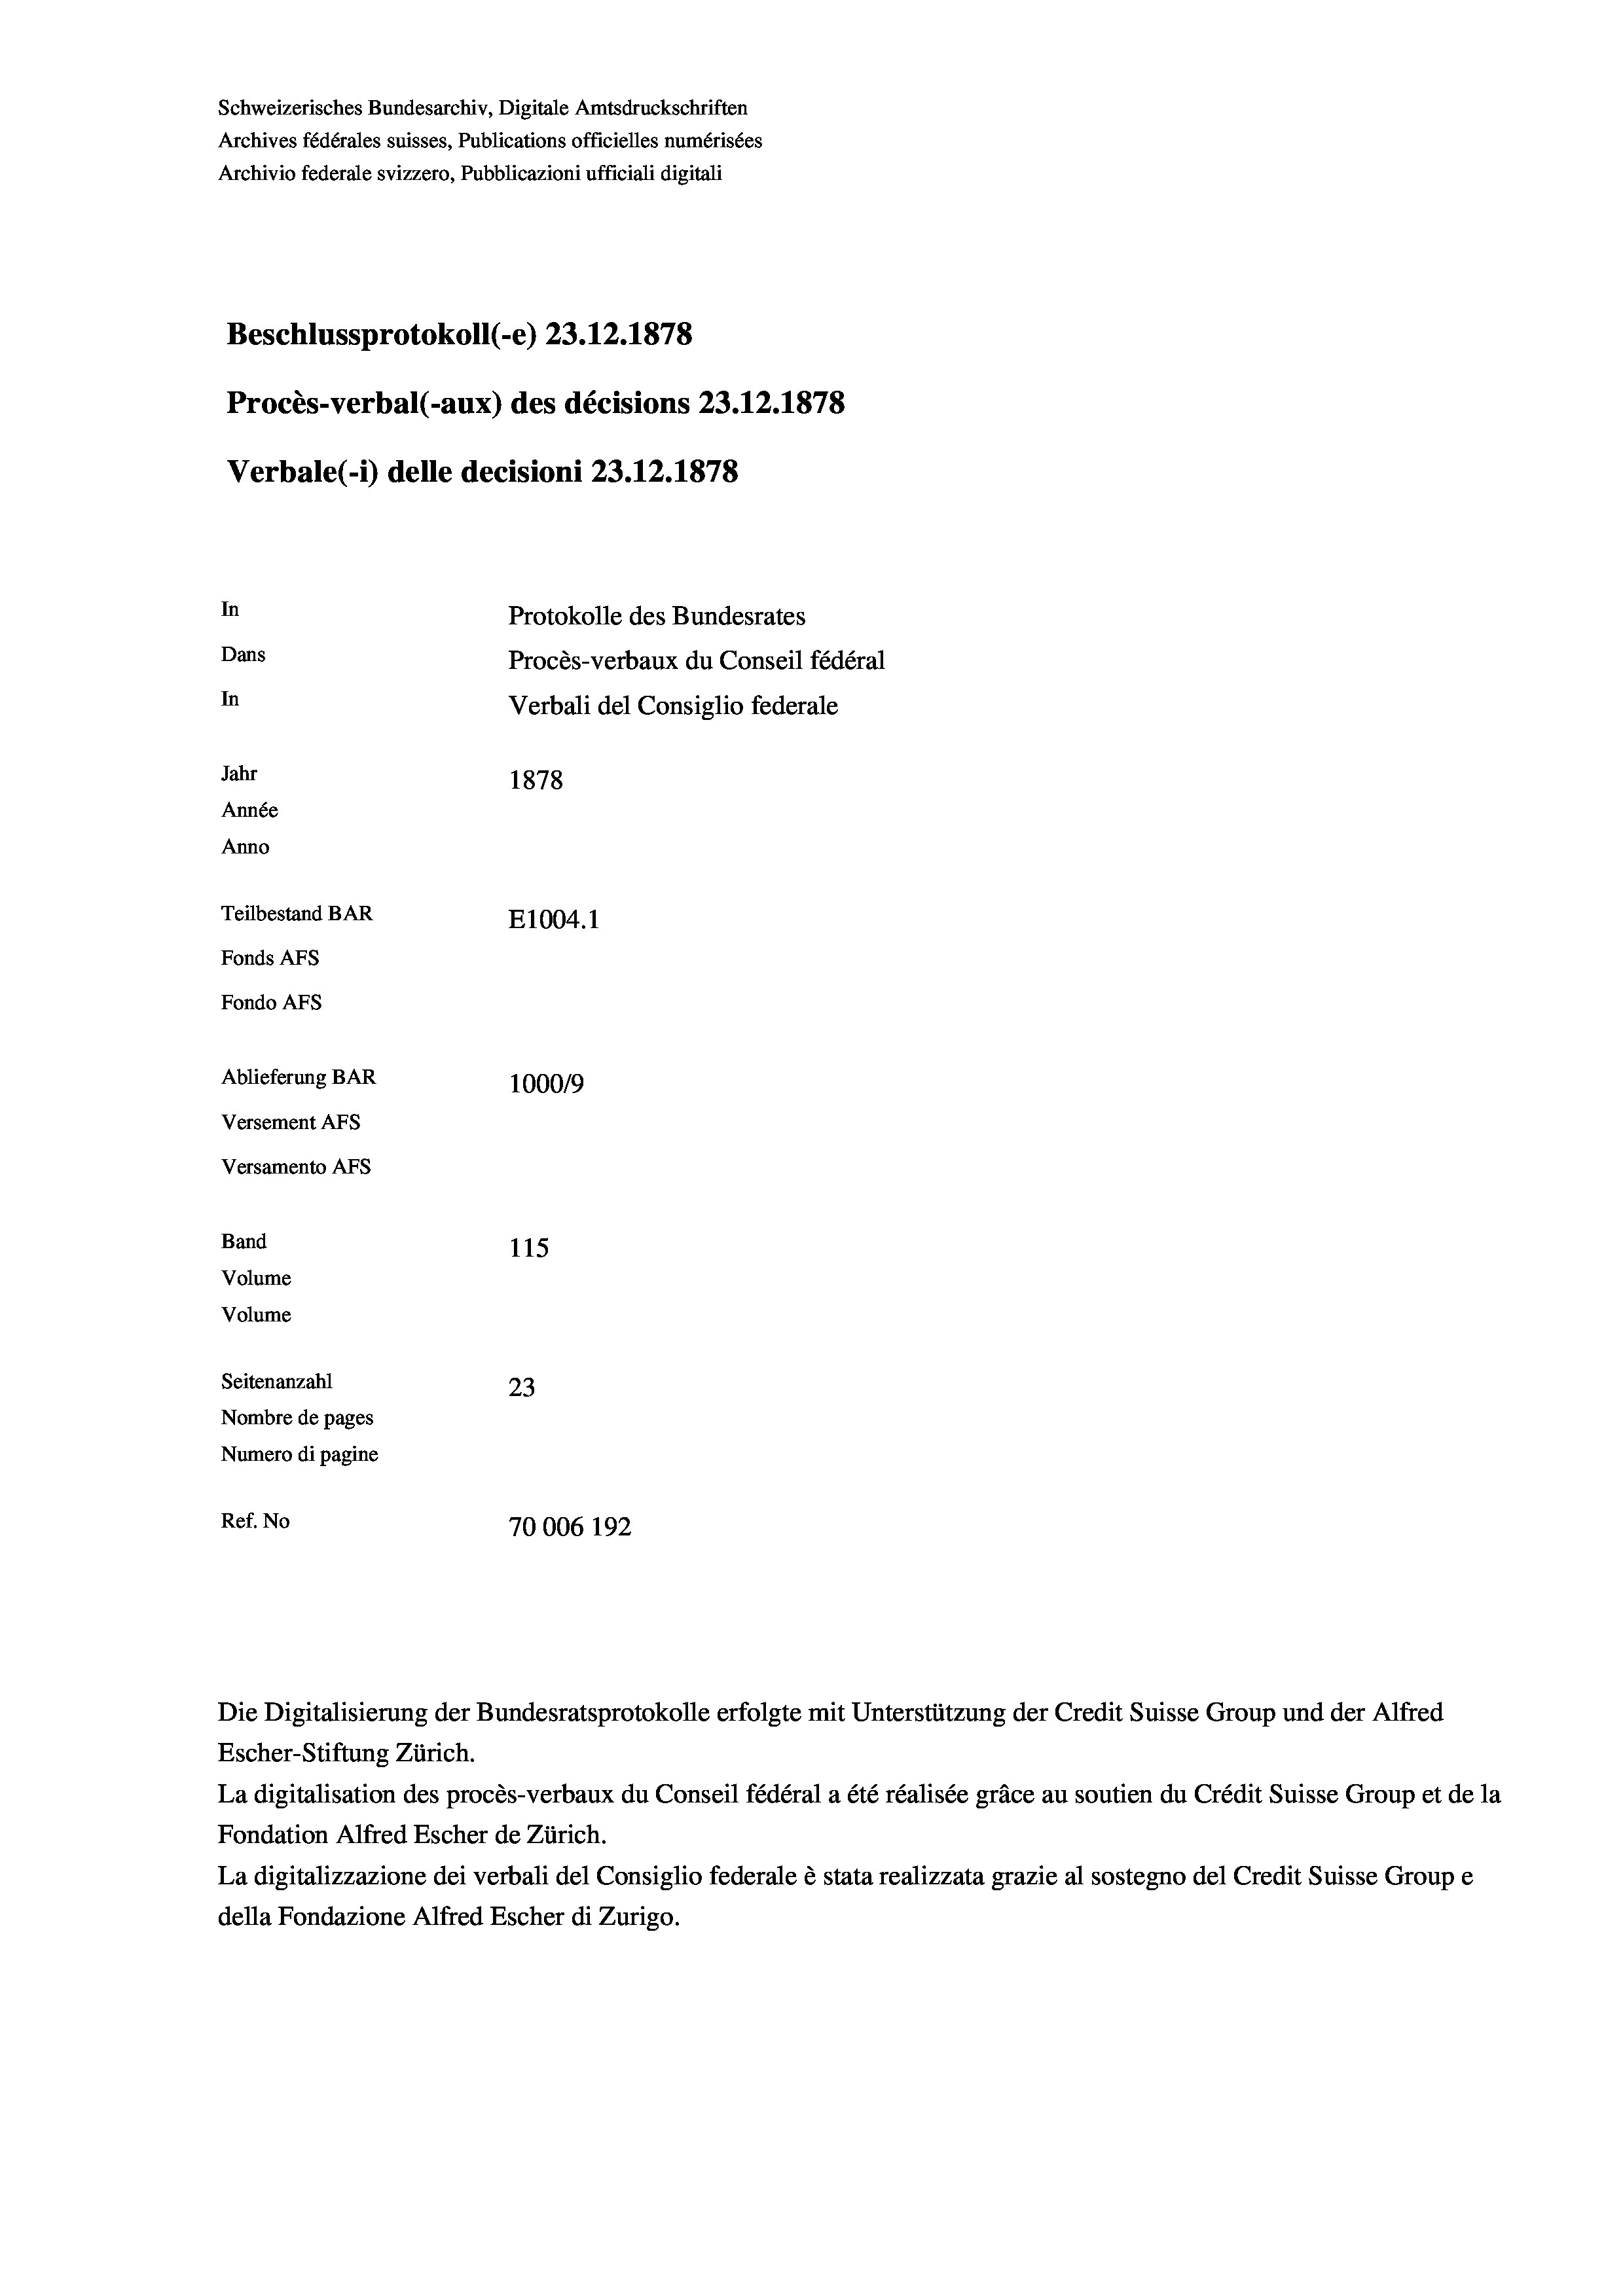
Schweizerisches Bundesarchiv, Digitale Amtsdruckschriften
Archives fédérales suisses, Publications officielles numérisées
Archivio federale svizzero, Pubblicazioni ufficiali digitali
Beschlussprotokoll (-e) 23.12.1878
Procès-verbal (-aux) des décisions 23.12.1878
Verbale(-*) delle decisioni 23.12.1878
In
Protokolle des Bundesrates
Dans
Procès-verbaux du Conseil fédéral
In
Verbali del Consiglio federale
Jahr
1878
Année
Anno
Teilbestand BAR
E1004. 1
Fonds Afs
Fondo AFs
Ablieferung BAR
1000/9
Versement AFS
Versamento Afs
Band
115
Volume
Volume
Seitenanzahl
23
Nombre de pages
Numero di pagine
Ref. No
70006 192

Escher-Stiftung Zürich.
La digitalisation des procès-verbaux du Conseil fédéral a été réalisée gräce au soutien du Crédit Suisse Group et de la
Fondation Alfred Escher de Zürich.
La digitalizzazione dei verbali del Consiglio federale è stata realizzata grazie al sostegno del Credit Suisse Groupe
della Fondazione Alfred Escher di Zurigo.

Die Digitalisierung der Bundesratsprotokolle erfolgte mit Unterstützung der Credit Suisse Group und der Alfred